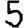
Digit: 5